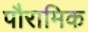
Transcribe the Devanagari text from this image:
पौरामिक